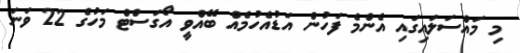
މި މައްސަލައިގައި އެންމެ ފަހުން އަޑުއެހުމެއް ބޭއްވީ އޯގަސްޓް މަހުގެ 22 ވަނަ